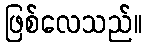
ဖြစ်လေသည်။